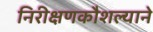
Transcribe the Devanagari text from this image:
निरीक्षणकौशल्याने